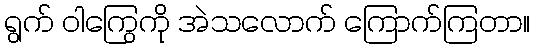
ရွက် ဝါကြွေကို အဲသလောက် ကြောက်ကြတာ။